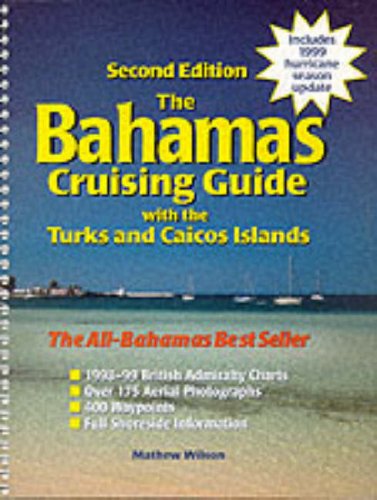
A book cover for Bahamas Cruising Guide (The): With the Turks and Caicos Islands, 2nd Edition; Mathew Wilson; Travel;